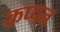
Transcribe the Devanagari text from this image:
कप्पन